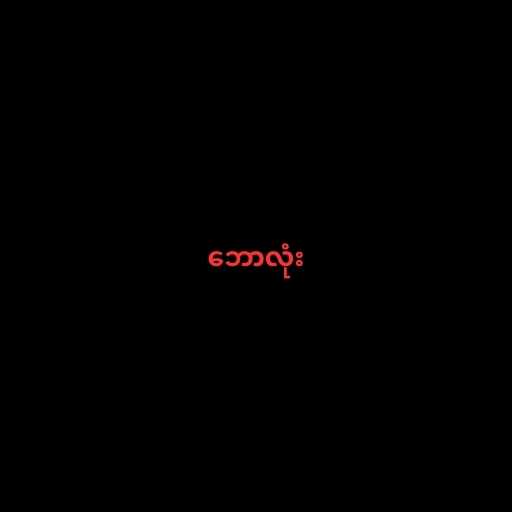
ဘောလုံး